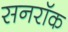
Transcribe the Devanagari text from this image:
सनरॉक